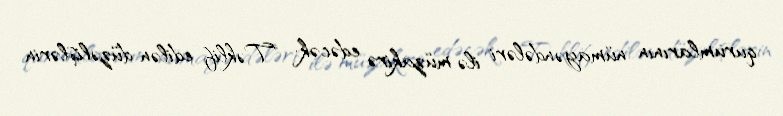
qurumlarının nümayəndələri ilə müzakirə edəcək: "Təklif edilən düzəlişlərin